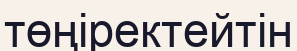
төңіректейтін